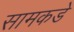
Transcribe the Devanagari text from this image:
सामकडे